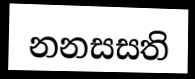
නනසසති